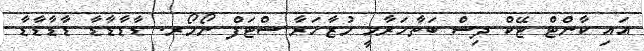
އައި ކާންޓް ޓޭކް ދިސް ބަތާހަރާމީ މުޒާހަރާ ސްޓަފް ނޯމޯރ. ޑާޑާޑާޑާ ޑާޑާޑާޑާ